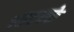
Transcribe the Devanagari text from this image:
१०टक्के